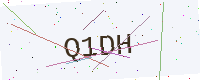
Text: Q1DH